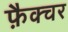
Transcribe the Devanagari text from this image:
फ़ैक्चर